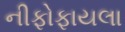
નીફોફાયલા